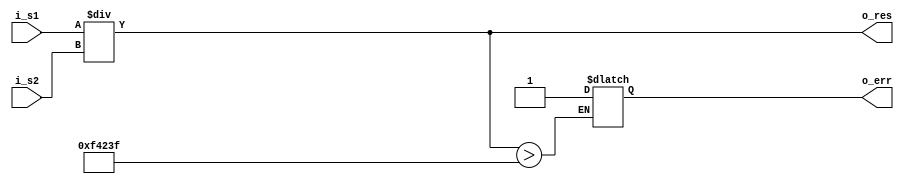
module divider(
input [39:0] i_s1,
input [39:0] i_s2,
output reg [39:0] o_res,
output reg o_err
);


always @ (*)
	begin
		o_res = i_s1/i_s2;
		if( o_res > 40'd999999 )
			begin
				o_err = 1'd1;
			end
	end
endmodule